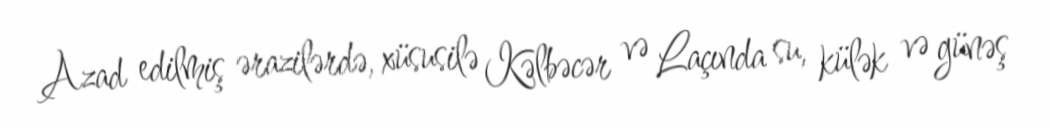
Azad edilmiş ərazilərdə, xüsusilə Kəlbəcər və Laçında su, külək və günəş